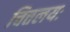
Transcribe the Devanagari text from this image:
चित्तलयः